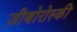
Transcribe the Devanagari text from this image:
ज़ीबोरोस्‍की